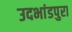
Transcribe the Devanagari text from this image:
उदभांडपुरा